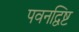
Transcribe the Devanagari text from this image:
पवनद्विष्ट